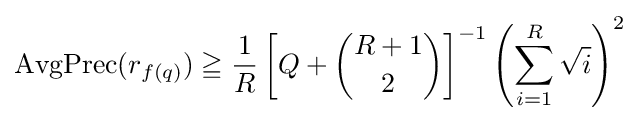
\operatorname {AvgPrec} (r_{f(q)})\geqq {1 \over R}\left[Q+{\binom {R+1}{2}}\right]^{-1}\left(\sum _{i=1}^{R}{\sqrt {i}}\right)^{2}